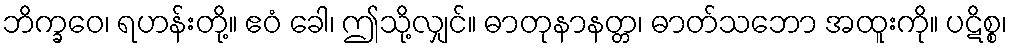
ဘိက္ခဝေ၊ ရဟန်းတို့။ ဧဝံ ခေါ၊ ဤသို့လျှင်။ ဓာတုနာနတ္တ၊ ဓာတ်သဘော အထူးကို။ ပဋိစ္စ၊